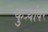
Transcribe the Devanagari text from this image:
कुत्र्यांवर